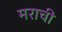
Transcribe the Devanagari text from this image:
मराची